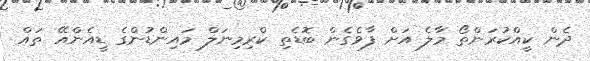
ދެން ކީއްކުރަންތޯ މާލެ އަށް ފާވެގެން ބޮޑެތި ކްރިމިނަލް މައިންޑުންގެ ޑީއެންއޭ ތައް